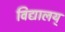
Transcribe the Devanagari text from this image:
विद्यालय्